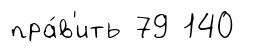
пра́в'ить 79 140